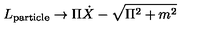
L _ { \mathrm { p a r t i c l e } } \to \Pi \dot { X } - \sqrt { \Pi ^ { 2 } + m ^ { 2 } }